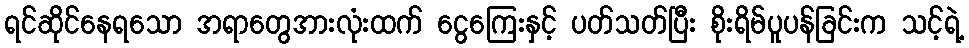
ရင်ဆိုင်နေရသော အရာတွေအားလုံးထက် ငွေကြေးနှင့် ပတ်သတ်ပြီး စိုးရိမ်ပူပန်ခြင်းက သင့်ရဲ့